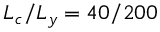
L _ { c } / L _ { y } = 4 0 / 2 0 0